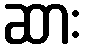
ဆား